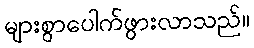
များစွာပေါက်ဖွားလာသည်။